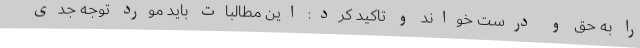
را به حق و درست خواند و تاکید کرد: این مطالبات باید مورد توجه جدی